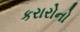
કરારોનો